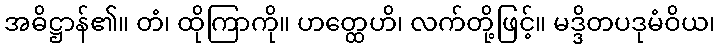
အဓိဋ္ဌာန်၏။ တံ၊ ထိုကြာကို။ ဟတ္ထေဟိ၊ လက်တို့ဖြင့်။ မဒ္ဒိတပဒုမံဝိယ၊